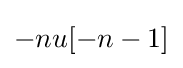
-nu[-n-1]